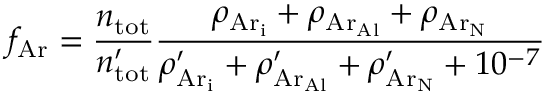
f _ { \mathrm { A r } } = \frac { n _ { \mathrm { t o t } } } { n _ { \mathrm { t o t } } ^ { \prime } } \frac { \rho _ { \mathrm { { A r } _ { i } } } + \rho _ { \mathrm { { A r } _ { A l } } } + \rho _ { \mathrm { { A r } _ { N } } } } { \rho _ { \mathrm { { A r } _ { i } } } ^ { \prime } + \rho _ { \mathrm { { A r } _ { A l } } } ^ { \prime } + \rho _ { \mathrm { { A r } _ { N } } } ^ { \prime } + 1 0 ^ { - 7 } }